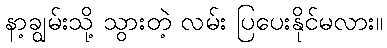
နာ့ချွမ်းသို့ သွားတဲ့ လမ်း ပြပေးနိုင်မလား။